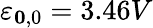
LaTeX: \varepsilon_{\boldsymbol{0},0}=3.46V